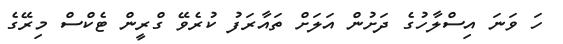
ހަ ވަނަ އިސްލާހުގެ ދަށުން އަލަށް ތައާރަފު ކުރެވޭ ގްރީން ޓެކްސް މިރޭގެ